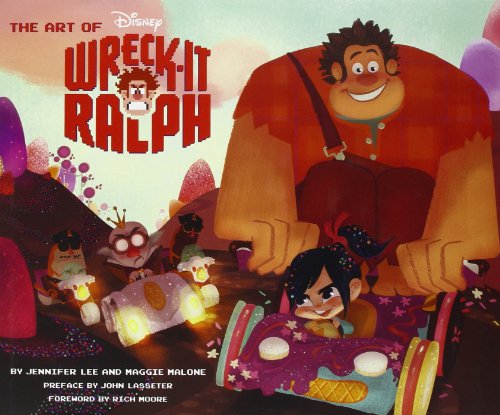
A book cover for The Art of Wreck-It Ralph (The Art of Disney); Maggie Malone; Humor & Entertainment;